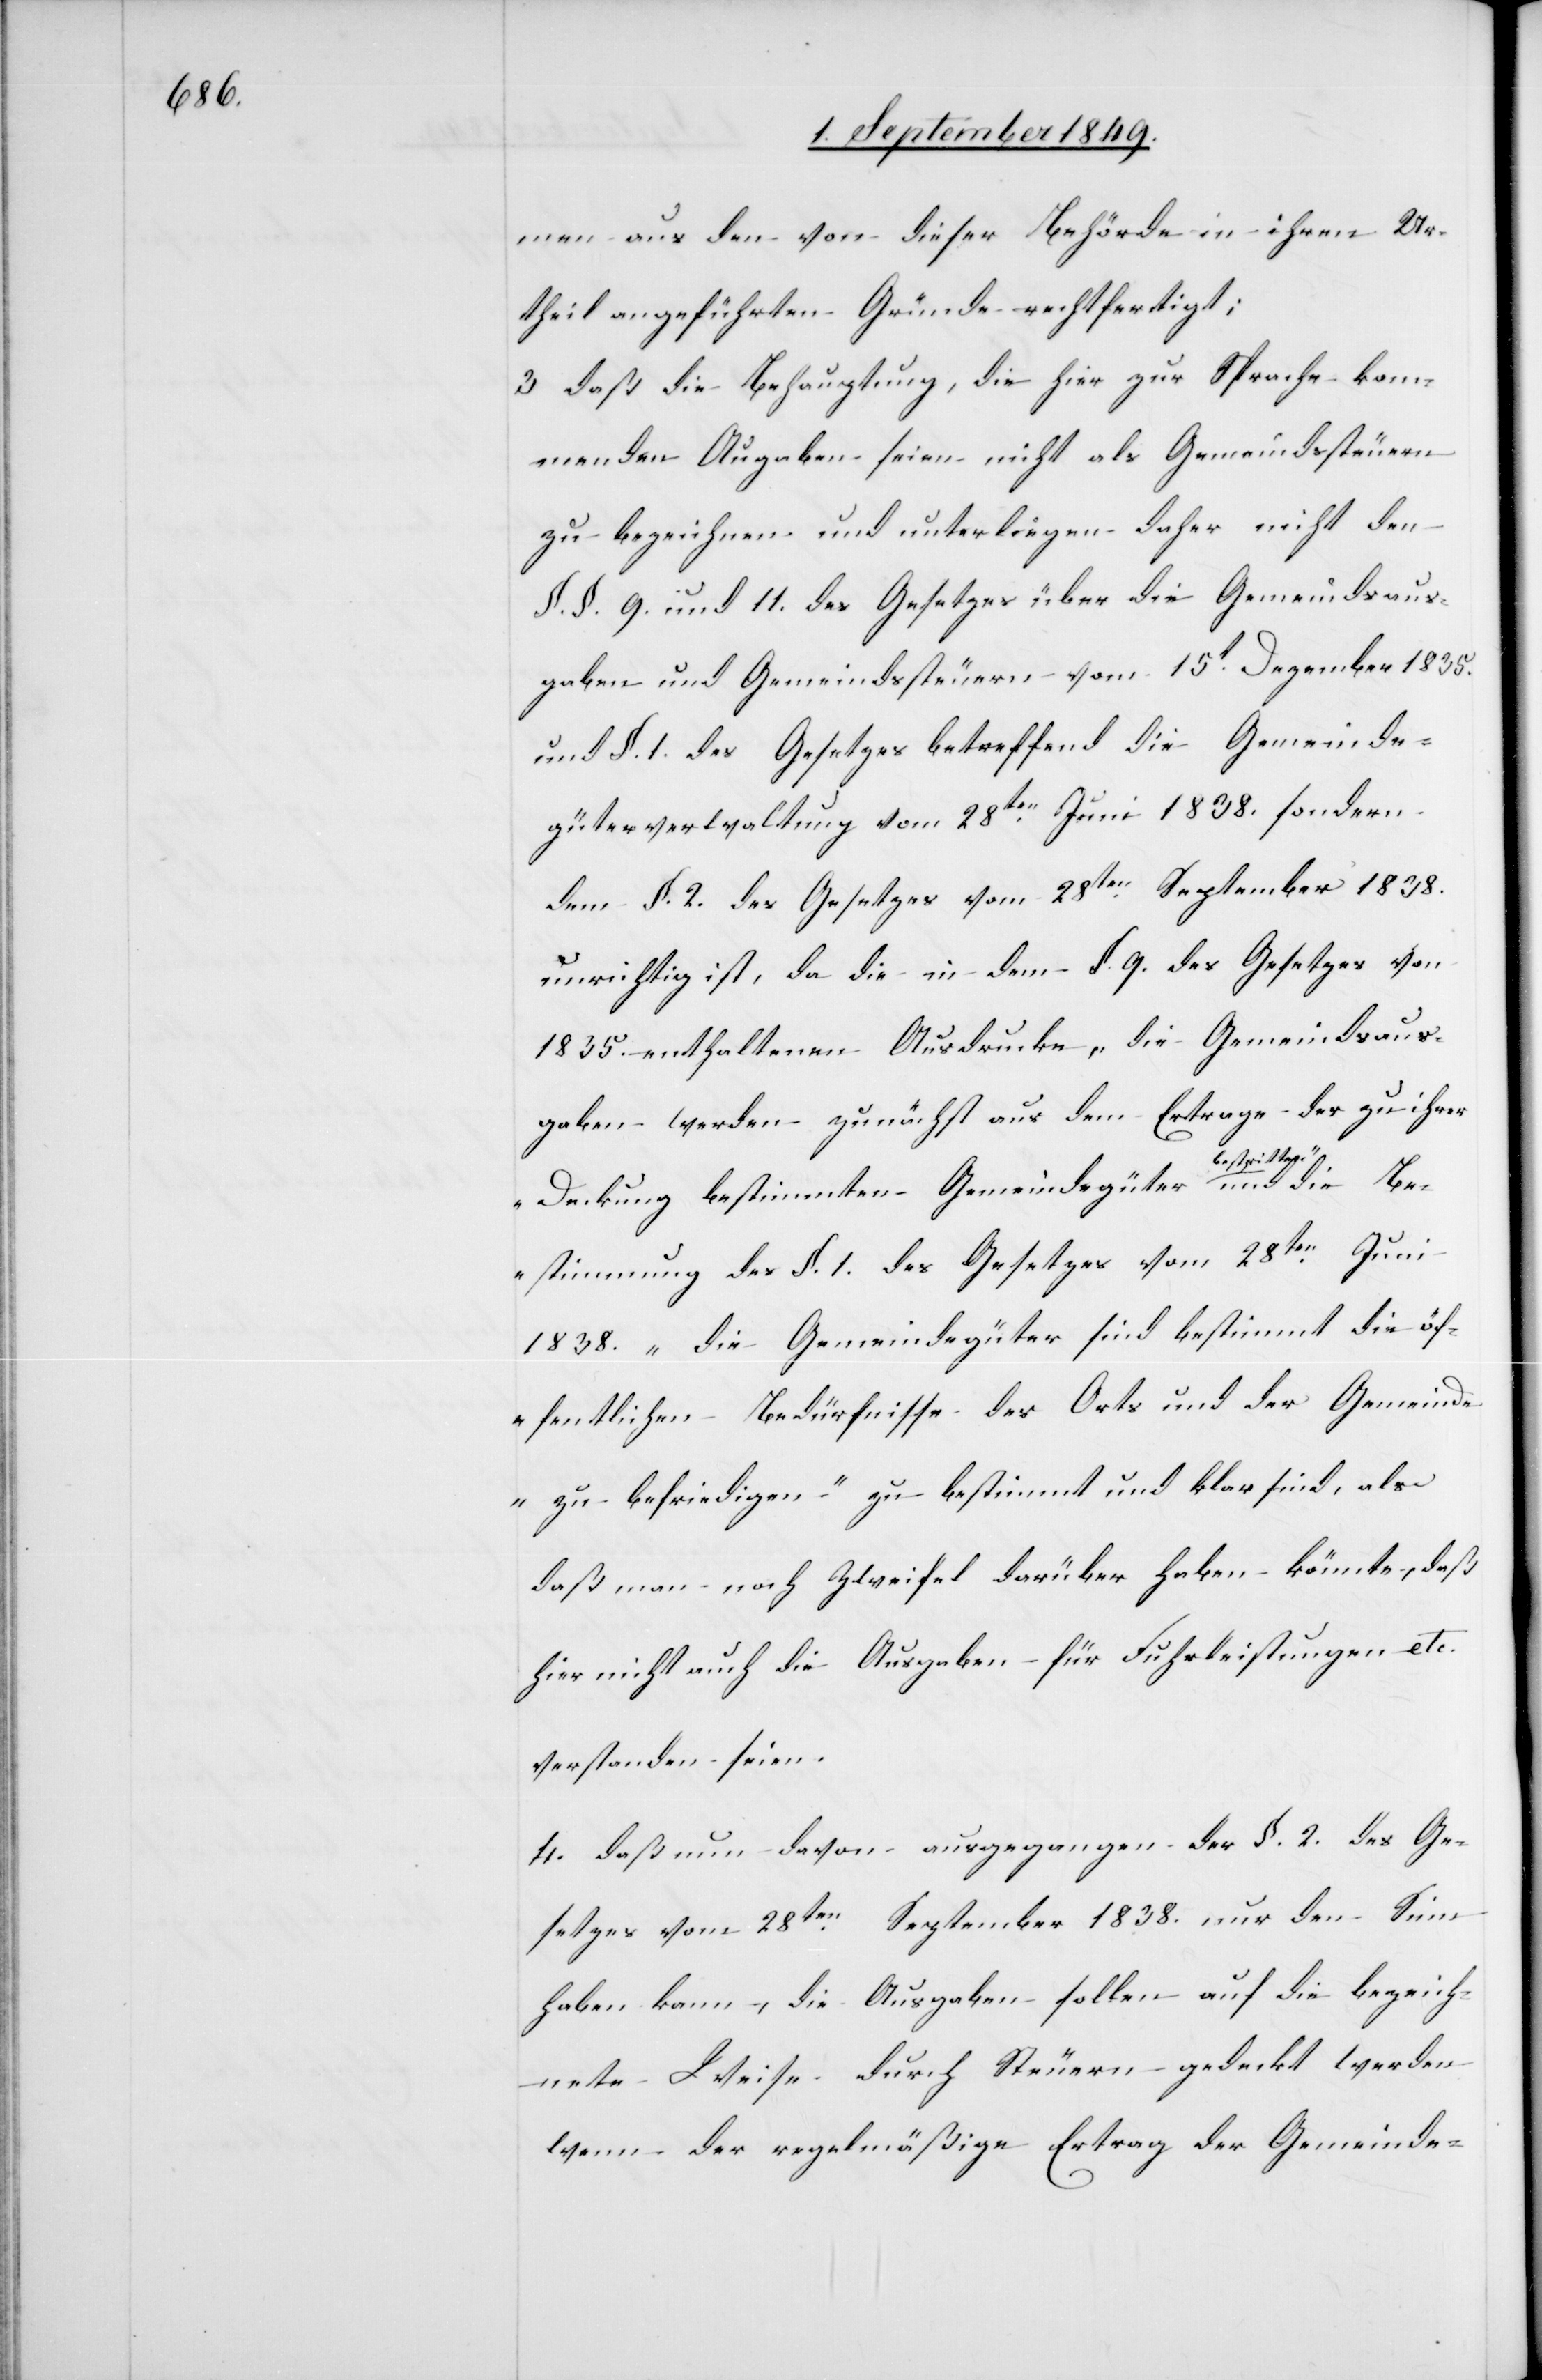
men aus den von dieser Behörde in ihren Ur¬
theil angeführten Gründe rechtfertigt;
3. daß die Behauptung, die hier zur Sprache kom¬
menden Angaben seien nicht als Gemeindssteuern
zu bezeichnen und unterliegen daher nicht den
§. §. 9. und 11. des Gesetzes über die Gemeindsaus¬
gaben und Gemeindssteuern vom 15t Dezember 1835.
und §. 1. des Gesetzes betreffend die Gemeind¬
güterverwaltung vom 28ten Juni 1838. sondern
dem §. 2. des Gesetzes vom 28ten September 1838.
unrichtig ist, da die in dem §. 9. des Gesetzes von
1835. enthaltenen Ausdrucke, die Gemeindsaus¬
gaben werden zunächst aus dem Ertrage der zu ihrer
stritten und die
B¬
„Deckung bestimmten Gemeindegüter be¬
estimmung des §. 1. des Gesetzes vom 28ten Juni
1838. die Gemeindegüter sind bestimmt die öf¬
fentlichen Bedürfnisse des Orts und der Gemeinde
zu befriedigen“ zu bestimmt und klar sind, als
daß man noch Zweifel darüber haben könnte, daß
hier nicht auch die Ausgaben für Fuhrleistungen etc.
verstanden seien.
4. daß nun davon ausgegangen der §. 2. des Ge¬
setzes vom 28ten September 1838. nur den Sinn
haben kann, die Ausgaben sollen auf die bezeich¬
nete Weise durch Steuern gedeckt werden
wenn der regelmäßige Ertrag der Gemeinde-